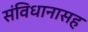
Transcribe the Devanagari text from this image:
संविधानासह